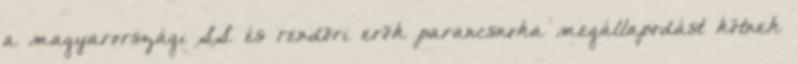
a magyarországi SS és rendõri erõk parancsnoka megállapodást kötnek